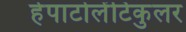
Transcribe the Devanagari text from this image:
हेपाटोलेंटिकुलर